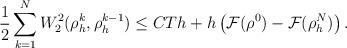
LaTeX: \begin{align*}\frac{1}{2} \sum \limits_{k=1}^N W_2^2(\rho_h^k, \rho_h^{k-1} ) \leq CT h + h \left ( \mathcal{F}(\rho^0) - \mathcal{F}(\rho_h^N) \right ) .\end{align*}